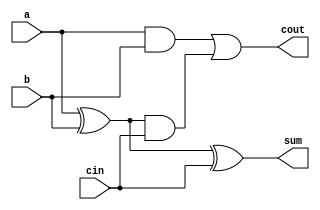
module one_bit_adder(sum,cout,a,b,cin);
output sum,cout;
input a,b,cin;

wire w1,w2;

//Sum
xor(w1,a,b);
xor(sum,w1,cin);

//Carry
and(w2,a,b);
and(w3,w1,cin);
or(cout,w2,w3);
endmodule

module four_bit_adder(Sum,Cout,A,B,Cin);
input [3:0] A,B;
input Cin;
output [3:0] Sum;
output Cout;

wire C1,C2,C3;

one_bit_adder add1(Sum[0],C1,A[0],B[0],Cin);
one_bit_adder add2(Sum[1],C2,A[1],B[1],C1);
one_bit_adder add3(Sum[2],C3,A[2],B[2],C2);
one_bit_adder add4(Sum[3],Cout,A[3],B[3],C3);
endmodule

module adder_subtractor(s,c_out,ain,bin,sel);
input [3:0] ain,bin;
input sel;
output [3:0] s;
output c_out;

wire [3:0] b_inv;
wire c1,c2,c3;

xor (b_inv[0],sel,bin[0]);
xor (b_inv[1],sel,bin[1]);
xor (b_inv[2],sel,bin[2]);
xor (b_inv[3],sel,bin[3]);

one_bit_adder adder1(s[0],c1,ain[0],b_inv[0],sel);
one_bit_adder adder2(s[1],c2,ain[1],b_inv[1],c1);
one_bit_adder adder3(s[2],c3,ain[2],b_inv[2],c2);
one_bit_adder adder4(s[3],c_out,ain[3],b_inv[3],c3);
endmodule